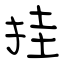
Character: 挂